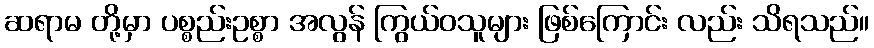
ဆရာမ တို့မှာ ပစ္စည်းဥစ္စာ အလွန် ကြွယ်ဝသူများ ဖြစ်ကြောင်း လည်း သိရသည်။